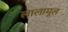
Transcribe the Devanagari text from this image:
लालामूल